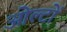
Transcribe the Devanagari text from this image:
ओल्टों